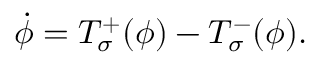
\dot { \phi } = { \cal T } _ { \sigma } ^ { + } ( \phi ) - { \cal T } _ { \sigma } ^ { - } ( \phi ) .